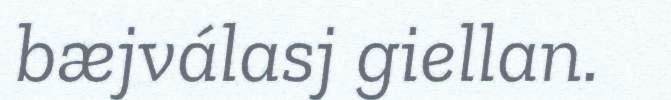
bæjválasj giellan.